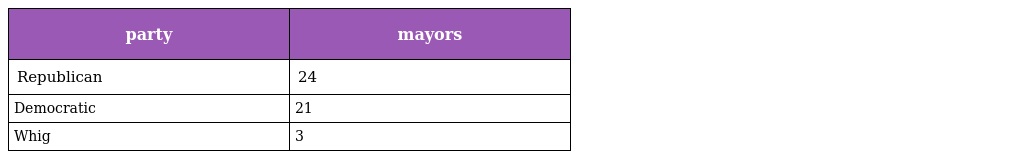
| party | mayors |
 | --- | --- |
 | Republican | 24 |
 | Democratic | 21 |
 | Whig | 3 |